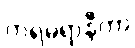
ကရမရာနီတာ